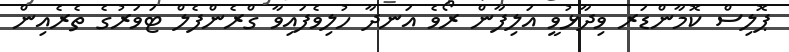
ޕޮލިސް ކޮމާންޑަރ ވިދާޅުވީ އަލިފާން ރޯވެ އަނދާ ހުލިވެފައިވާ ގްރެންފެލް ޓަވަރުގެ ތެރެއިން